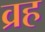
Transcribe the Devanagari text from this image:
व्रह